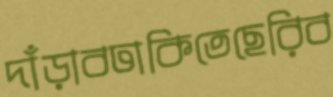
দাঁড়াবঢাকিতেছেরিব